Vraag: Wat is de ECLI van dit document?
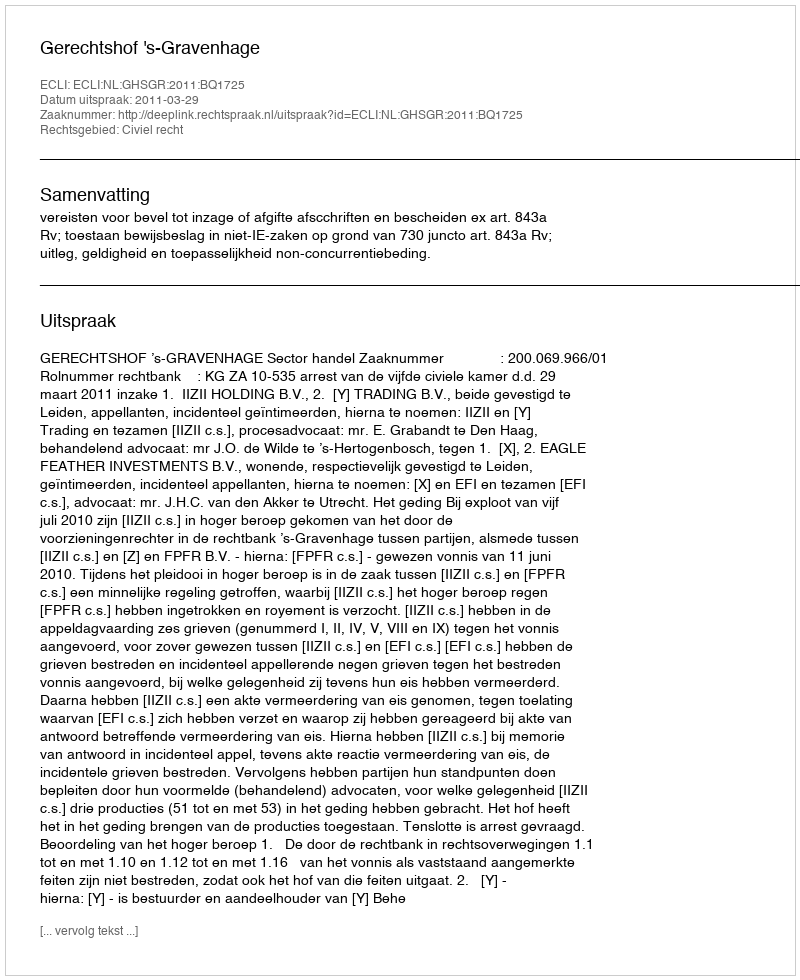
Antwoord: ECLI:NL:GHSGR:2011:BQ1725